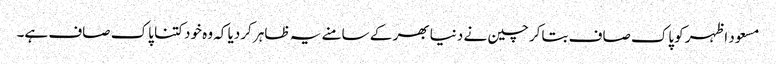
مسعود اظہر کوپاک صاف بتاکر چین نے دنیا بھر کے سامنے یہ ظاہر کردیا کہ وہ خود کتنا پاک صاف ہے۔